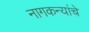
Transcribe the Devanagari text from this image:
नागकन्यांचे